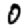
Digit: 0